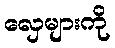
လှေများကို